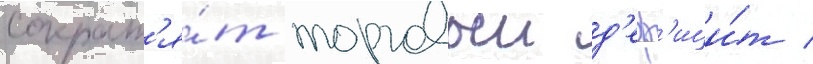
сократ'я́т торговыи д'еф'ици́т /